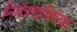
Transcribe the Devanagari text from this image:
नियंत्रणाविषयक